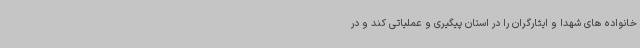
خانواده های شهدا و ایثارگران را در استان پیگیری و عملیاتی کند و در